Tezpur Lunatic Asylum reports 1877-1894 - 1877-1894
Year: 1877
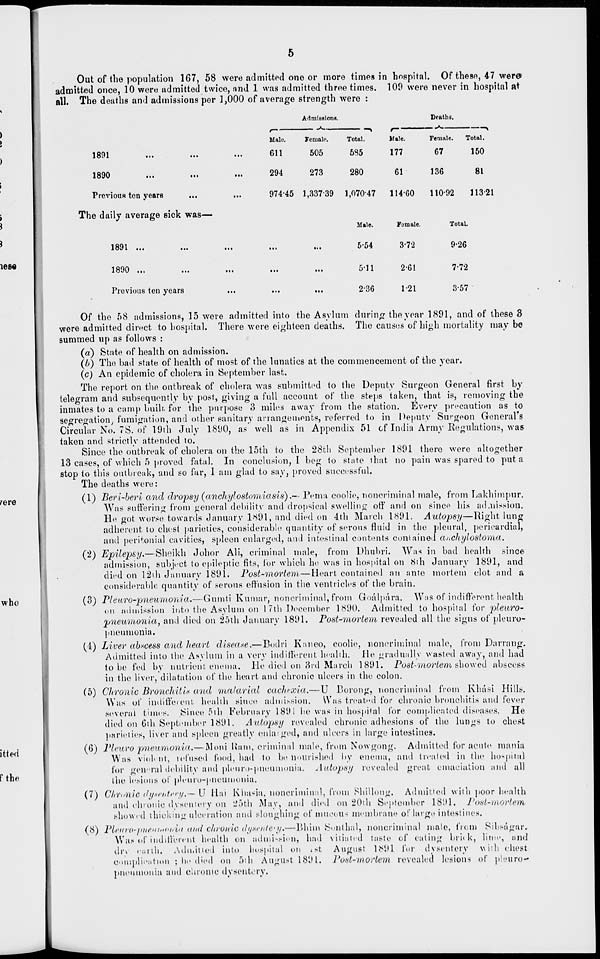
Out of the population 167, 58 were admitted one or more times in hospital. Of these, 47 were
admitted once, 10 were admitted twice, and 1 was admitted three times. 100 were never in hospital at
all. The deaths and admissions per 1,000 of average strength were :
loJl
«■•
•••
1890
Previous ten years
The daily average sick was—
1891 ...
1890 ...
Previous ten years
Admissions.
Draths.
r -
Male.
Fomalc.
Total.
Male.
Female.
Total.
611
505
585
177
67
150
294
273
280
61
136
81
974-45 1,33739 1,07047 114-60
110-92
113-21
Male.
5-54
511
2-36
Female.
3-72
2-61
1-21
Total.
9-26
7-72
3-57
Of the 58 admissions, 15 were admitted into the Asylum during the year 1891, and of these 3
were admitted direct to hospital. There were eighteen deaths. The causes of high mortality may bo
summed up as follows :
(a) State of health on admission.
(l>) The bad state of health of most of the lunatics at the commencement of the year.
(c) An epidemic of cholera in September last.
The report on the outbreak of cholera was submitted to the Deputy Surgeon General first by
telegram and subsequently by post, giving a full account of the steps taken, that is, removing the
inmates to a camp built, for the purpose 3 miles away from the station. Every precaution as to
segregation^ fumigation, and other sanitary arrangements, referred to in Deputy Su'-geon General's
Circular No. 78. of 19th July 1890, as well as in Appendix 51 of India Army Regulations, was
taken and strictly attended to.
Since the outbreak of cholera on the 15th to the 28th September 1891 there were altogether
13 cases, of which 5 proved fatal. In conclusion, I beg to state that no pain was spared to put a
stop to this outbreak, and so far, I am glad to say, proved successful.
The deaths were:
(1) Berl-berl and dropsy (anchylostomlasis).— Pema coolie, noncriminal male, from Lakhimpur.
Was suffering from general debility and dropsical swelling off and on since his admission.
He got worse towards January 1*91, and died on 4th March 1891. Autopsy—Right lung
adherent to chest parieties, considerable quantity of serous fluid in the pleural, pericardia],
anil peritonial cavities, spleen enlarged, and intestinal contents contained auchylostoma.
(2) Epilepsy.— Sheikh Johor Ali, criminal male, from Dhubri. Was in bad health since
admission, subject to epileptic fits, for which ho was in hospital on 8th January 1891, and
died on 12ih January 1891. Post-mortem—Heart contained an ante mortem clot and a
considerable quantity of serous effusion in the ventricles of the brain.
(3) PI euro-pneumonia.—Gumti Kumar, noncriminal, from Goalpara. Was of indifferent health
(in admission into the Asylum on 17th December 1890. Admitted to hospital for pleuro-
pneumonia, and died on 25th January 1891. Post-mortem revealed all the signs of pleuro-
pneumonia.
(1) Liver abscess and heart disease.—Bodri Kaneo, coolie, noncriminal male, from Darning.
Admitted into the Asylum in a very indifferent health. He gradually wasted away, and had
to be fed by nutrient enema. He died on 3rd March 1891. Post-mortem showed abscess
in the liver, dilatation of the heart and chronic ulcers in the colon.
(5) Chronic Bronchitu and malarial cachcxia.—U Borong, noncriminul from Khasi Hills.
Was of indifferent health since admission. Was treated for chronic bronchitis and fever
several times. Since 5th February 1891 he was in hospital for complicated diseases. He
died on 6th September 1891. Autopsy revealed chronic adhesions of the lungs to chest
pariuties, liver and spleen greatly enlarged, and ulcers in large intestines.
(6) PI euro pneumonia.— Moni Ram, criminal male, from Nowgong. Admitted for acute mania
Was viol nt, iefused food, had to be nourished by enema, and treated in the hospital
for gen "ral debility and pleuro-pneunionia. Autopsy revealed great emaciation and all
the lesions of pleiiro-pneumonia.
(7) Chronic ilyxeiiUry,— U Uai Kha-ua. nonerimin.il, from Shillong. Admitted with poor health
and chronio dysentery on 25th May, and died on 20th September 1891. J'onl-moi'tem
showed thinking ulceration and sloughing of mucous membrane of large intestines.
(8) PlfiHrO'pitfiiititoiiiu und chronic dysentery,—Bhim Sonthal, noncriminal male, from Sibsagar.
Was of indifferent health on admission, bad vitiated taste of eating bruk, lime, and
dry earth. Admitted into hospital on ist August 1891 for dysentery with chest
Complication } he died on 5th August 1891. Post-mortem revealed lesions of pleuro*
pneumonia and chronic dysentery.